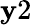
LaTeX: \mathbf{y}2